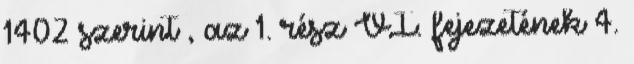
1402 szerint , az 1. rész VI. fejezetének 4.